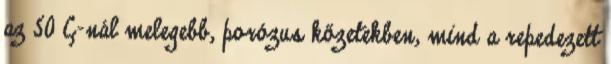
az 50 C-nál melegebb, porózus kőzetekben, mind a repedezett